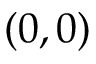
( 0 , 0 )